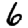
Digit: 6